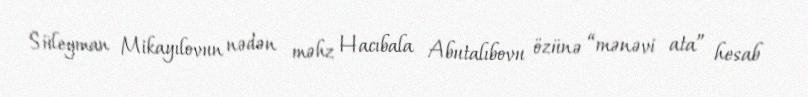
Süleyman Mikayılovun nədən məhz Hacıbala Abutalıbovu özünə “mənəvi ata” hesab